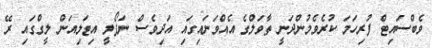
ވެބްސައިޓް ފުރިހަމަ ކުރެވެމުންދަނީ ތާވަލްގެ އެއްވަނައިގައި އަދިވެސް ނަޕޯލީ އިޓަލިއަން ލީގްގައި ރޭ